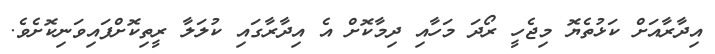
އިދާރާއަށް ކަޅުތެޔޮ މިޖެހީ ރޯދަ މަހާއި ދިމާކޮށް އެ އިދާރާގައި ކުލަލާ ރީތިކޮށްފައިވަނިކޮށެވެ.